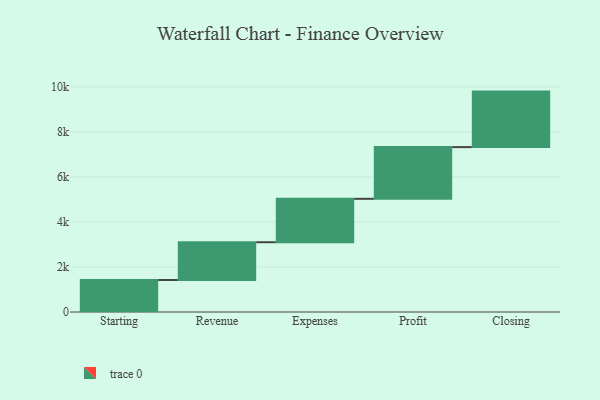
{"axis": {"x": "Step", "y": "Value"}, "legend": [""], "data": [{"x": "Starting", "y": 1421.0, "type": ""}, {"x": "Revenue", "y": 1679.0, "type": ""}, {"x": "Expenses", "y": 1929.0, "type": ""}, {"x": "Profit", "y": 2297.0, "type": ""}, {"x": "Closing", "y": 2466.0, "type": ""}]}